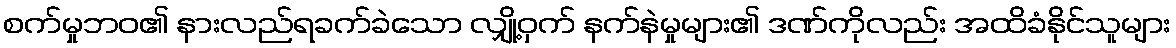
စက်မှုဘဝ၏ နားလည်ရခက်ခဲသော လျှို့ဝှက် နက်နဲမှုများ၏ ဒဏ်ကိုလည်း အထိခံနိုင်သူများ